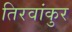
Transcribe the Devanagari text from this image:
तिरवांकुर